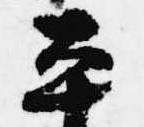
平